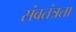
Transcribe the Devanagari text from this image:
संवतंत्रता